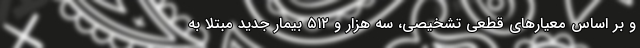
و بر اساس معیارهای قطعی تشخیصی، سه هزار و ۵۱۲ بیمار جدید مبتلا به